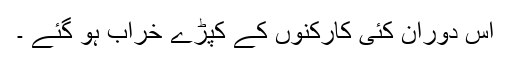
اس دوران کئی کارکنوں کے کپڑے خراب ہو گئے ۔